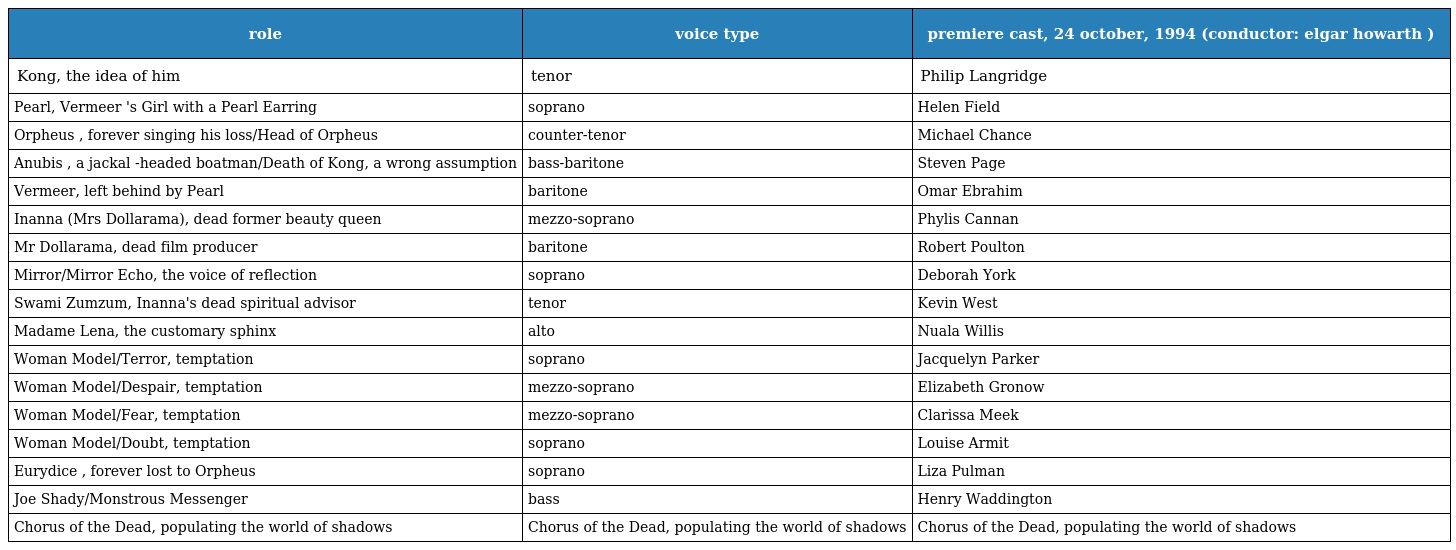
| role | voice type | premiere cast, 24 october, 1994 (conductor: elgar howarth ) |
 | --- | --- | --- |
 | Kong, the idea of him | tenor | Philip Langridge |
 | Pearl, Vermeer 's Girl with a Pearl Earring | soprano | Helen Field |
 | Orpheus , forever singing his loss/Head of Orpheus | counter-tenor | Michael Chance |
 | Anubis , a jackal -headed boatman/Death of Kong, a wrong assumption | bass-baritone | Steven Page |
 | Vermeer, left behind by Pearl | baritone | Omar Ebrahim |
 | Inanna (Mrs Dollarama), dead former beauty queen | mezzo-soprano | Phylis Cannan |
 | Mr Dollarama, dead film producer | baritone | Robert Poulton |
 | Mirror/Mirror Echo, the voice of reflection | soprano | Deborah York |
 | Swami Zumzum, Inanna's dead spiritual advisor | tenor | Kevin West |
 | Madame Lena, the customary sphinx | alto | Nuala Willis |
 | Woman Model/Terror, temptation | soprano | Jacquelyn Parker |
 | Woman Model/Despair, temptation | mezzo-soprano | Elizabeth Gronow |
 | Woman Model/Fear, temptation | mezzo-soprano | Clarissa Meek |
 | Woman Model/Doubt, temptation | soprano | Louise Armit |
 | Eurydice , forever lost to Orpheus | soprano | Liza Pulman |
 | Joe Shady/Monstrous Messenger | bass | Henry Waddington |
 | Chorus of the Dead, populating the world of shadows | Chorus of the Dead, populating the world of shadows | Chorus of the Dead, populating the world of shadows |